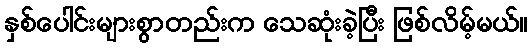
နှစ်ပေါင်းများစွာတည်းက သေဆုံးခဲ့ပြီး ဖြစ်လိမ့်မယ်။